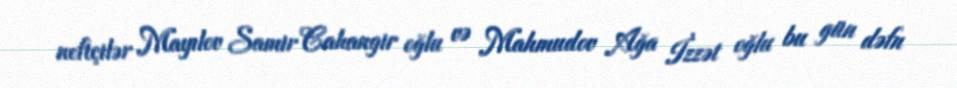
neftçilər Mayılov Samir Cahangir oğlu və Mahmudov Ağa İzzət oğlu bu gün dəfn